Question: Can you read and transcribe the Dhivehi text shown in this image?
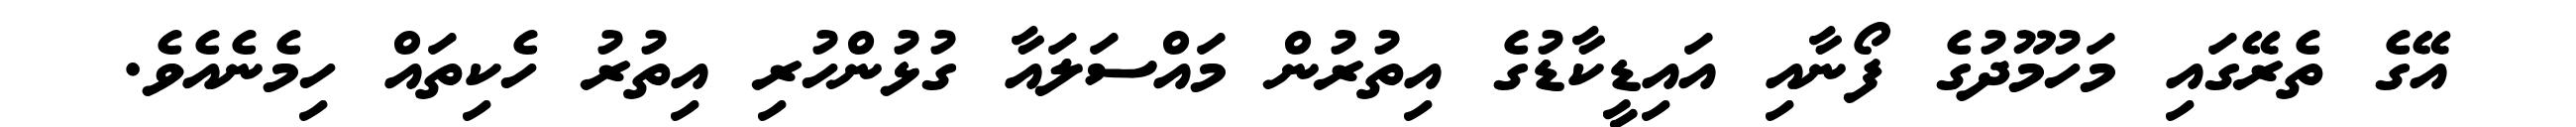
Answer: އޭގެ ތެރޭގައި މަހުމޫދުގެ ފޯނާއި އައިޑީކާޑުގެ އިތުރުން މައްސަލައާ ގުޅުންހުރި އިތުރު ހެކިތައް ހިމެނެއެވެ.